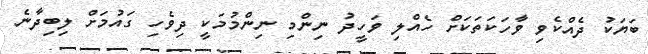
ބަޔަކު ދެއްކެވި ވާހަކަތަކަށް ހެއްލި ވަހީދު ނިންމި ނިންމުމަކީ ދިވެހި ގައުމަށް ލިބިދާނެ